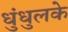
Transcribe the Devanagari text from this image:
धुंधुलके